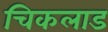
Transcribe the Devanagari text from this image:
चिकलाड